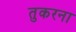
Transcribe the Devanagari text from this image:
तुकरना